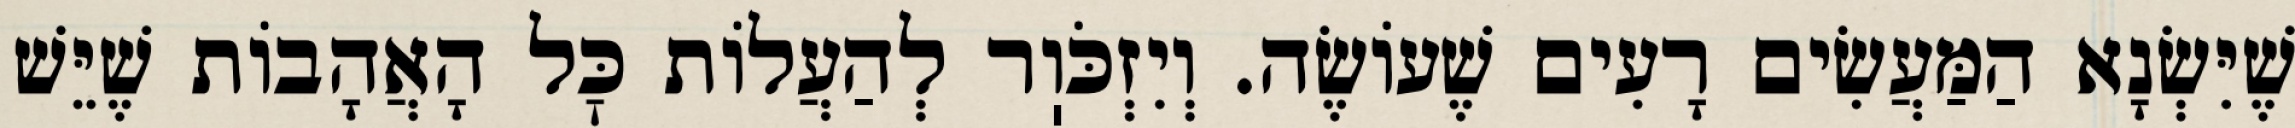
שֶׁיִּשְׂנָא הַמַּעֲשִׂים רָעִים שֶׁעוֹשֶׂה. וְיִזְכֹּוֽר לְהַעֲלוֹת כׇּל הָאֲהָבוֹת שֶׁיֵּשׁ